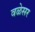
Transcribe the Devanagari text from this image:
वळेसर